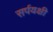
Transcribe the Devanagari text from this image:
सर्पयक्षी